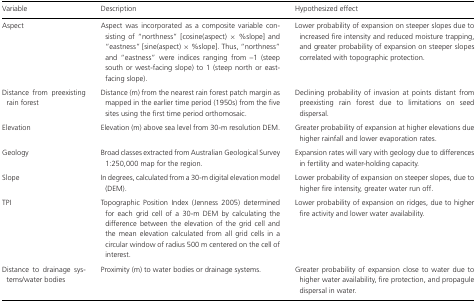
<table><thead><tr><td><b>Variable</b></td><td><b>Description</b></td><td><b>Hypothesized effect</b></td></tr></thead><tbody><tr><td>Aspect</td><td>Aspect was incorporated as a composite variable consisting of “northness” [cosine(aspect) ×%slope] and “eastness” [sine(aspect) ×%slope]. Thus, “northness” and “eastness” were indices ranging from –1 (steep south or west-facing slope) to 1 (steep north or east-facing slope).</td><td>Lower probability of expansion on steeper slopes due to increased fire intensity and reduced moisture trapping, and greater probability of expansion on steeper slopes correlated with topographic protection.</td></tr><tr><td>Distance from preexisting rain forest</td><td>Distance (m) from the nearest rain forest patch margin as mapped in the earlier time period (1950s) from the five sites using the first time period orthomosaic.</td><td>Declining probability of invasion at points distant from preexisting rain forest due to limitations on seed dispersal.</td></tr><tr><td>Elevation</td><td>Elevation (m) above sea level from 30-m resolution DEM.</td><td>Greater probability of expansion at higher elevations due higher rainfall and lower evaporation rates.</td></tr><tr><td>Geology</td><td>Broad classes extracted from Australian Geological Survey 1:250,000 map for the region.</td><td>Expansion rates will vary with geology due to differences in fertility and water-holding capacity.</td></tr><tr><td>Slope</td><td>In degrees, calculated from a 30-m digital elevation model (DEM).</td><td>Lower probability of expansion on steeper slopes, due to higher fire intensity, greater water run off.</td></tr><tr><td>TPI</td><td>Topographic Position Index (Jenness 2005) determined for each grid cell of a 30-m DEM by calculating the difference between the elevation of the grid cell and the mean elevation calculated from all grid cells in a circular window of radius 500 m centered on the cell of interest.</td><td>Lower probability of expansion on ridges, due to higher fire activity and lower water availability.</td></tr><tr><td>Distance to drainage systems/water bodies</td><td>Proximity (m) to water bodies or drainage systems.</td><td>Greater probability of expansion close to water due to higher water availability, fire protection, and propagule dispersal in water.</td></tr></tbody></table>